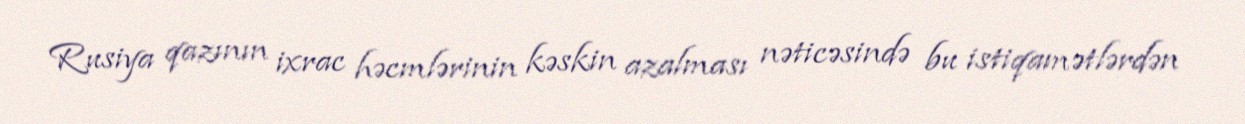
Rusiya qazının ixrac həcmlərinin kəskin azalması nəticəsində bu istiqamətlərdən